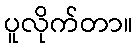
ပူလိုက်တာ။